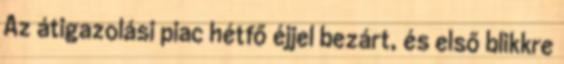
Az átigazolási piac hétfő éjjel bezárt, és első blikkre